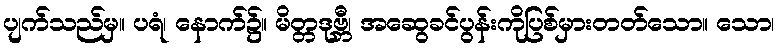
ပျက်သည်မှ။ ပရံ၊ နောက်၌။ မိတ္တဒုဗ္ဘီ၊ အဆွေခင်ပွန်းကိုပြစ်မှားတတ်သော။ သော၊